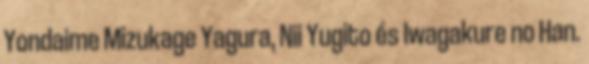
Yondaime Mizukage Yagura, Nii Yugito és Iwagakure no Han.